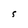
Character: S